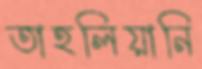
তাহলিয়ানি